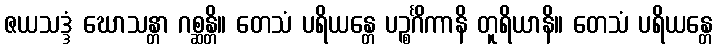
ဇယသဒ္ဒံ ဃောသန္တာ ဂစ္ဆန္တိ။ တေသံ ပရိယန္တေ ပဉ္စင်္ဂိကာနိ တူရိယာနိ။ တေသံ ပရိယန္တေ